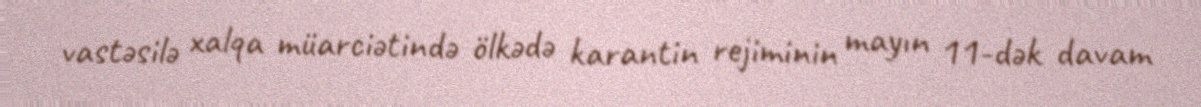
vastəsilə xalqa müarciətində ölkədə karantin rejiminin mayın 11-dək davam